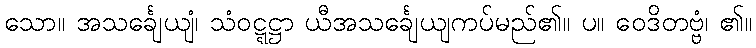
သော။ အသင်္ချေယျံ၊ သံဝဋ္ဋဋ္ဌာ ယီအသင်္ချေယျကပ်မည်၏။ ပ။ ဝေဒိတဗ္ဗံ၊ ၏။